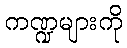
ကဏ္ဍများကို